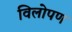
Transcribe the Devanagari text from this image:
विलोपण